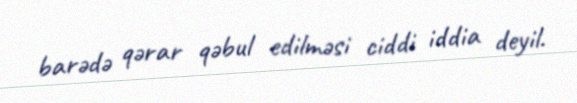
barədə qərar qəbul edilməsi ciddi iddia deyil.